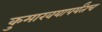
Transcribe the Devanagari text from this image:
कुमारवयापर्यंतच